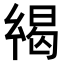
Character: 𢇋